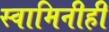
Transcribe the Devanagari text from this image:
स्वामिनीही